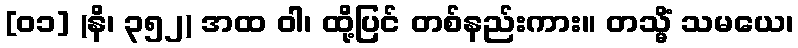
[၀၁] (နိ၊ ၃၅၂) အထ ဝါ၊ ထို့ပြင် တစ်နည်းကား။ တသ္မိံ သမယေ၊